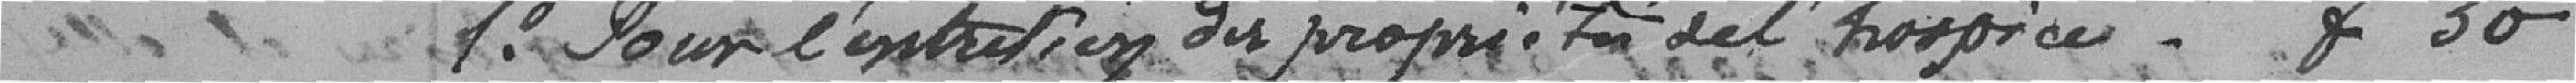
1° pour l'entretien des propriétés de l'hospice - f50.